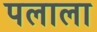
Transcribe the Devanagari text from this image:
पलाला